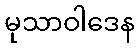
မုသာဝါဒေန